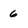
Character: 6